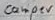
Text: comper